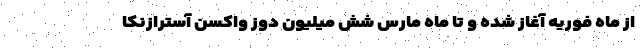
از ماه فوریه آغاز شده و تا ماه مارس شش میلیون دوز واکسن آسترازنکا